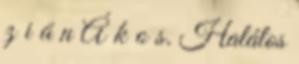
z i á n Á k o s. Halálos